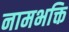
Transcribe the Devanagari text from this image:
नामभक्ति